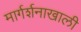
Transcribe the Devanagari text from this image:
मार्गर्शनाखाली